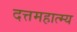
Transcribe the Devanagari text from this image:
दत्तमहात्म्य